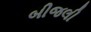
બીજલી